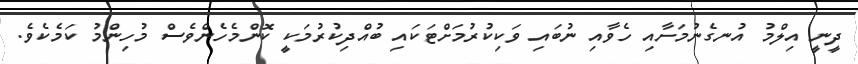
ދީނީ އިލްމު އުނގެނުމަށާއި ހެވާއި ނުބައި ވަކިކުރުމަށްޓަކައި ބުއްދިކުރުމަކީ ކޮންމެހެންވެސް މުހިންމު ކަމެކެވެ.